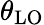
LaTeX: \theta_{\mathrm{LO}}